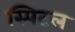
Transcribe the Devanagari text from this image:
स्पिटल